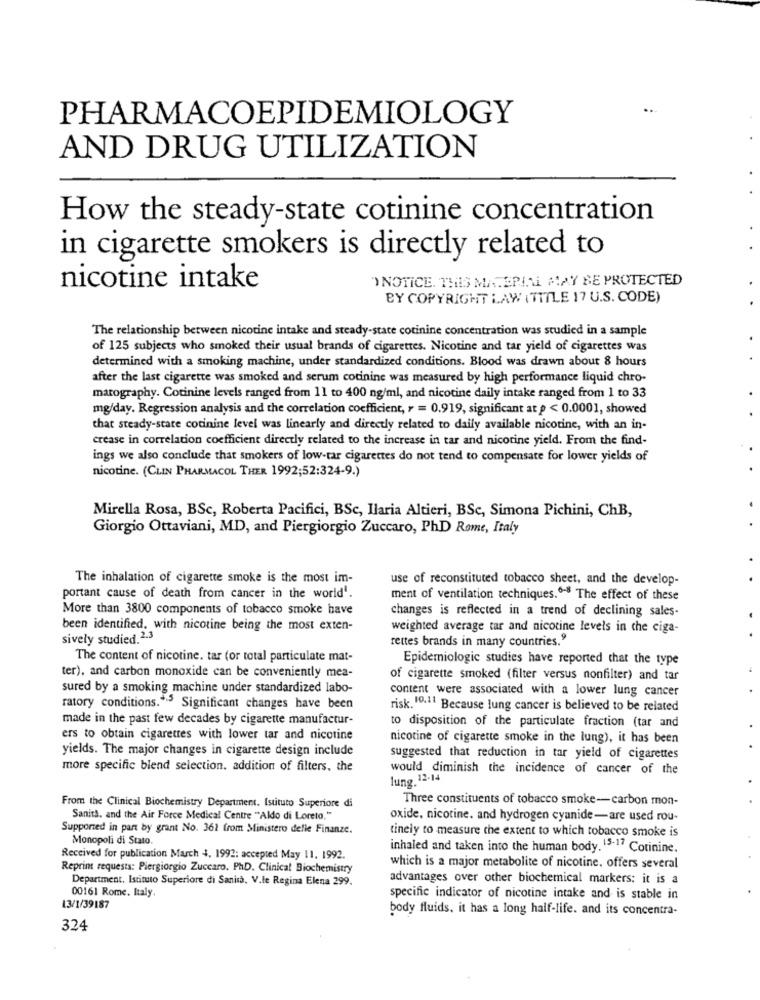
PHARMACOEPIDEMIOLOGY
AND DRUG UTILIZATION
How the steady-state cotinine concentration
in cigarette smokers is directly related to
"NOTICE. THIS MATERIAL MAY BE PROTECTED
nicotine intake
BY COPYRIGHT LAW ( TITLE 17 U.S. CODE)
The relationship between nicotine intake and steady-state cotinine concentration was studied in a sample
of 125 subjects who smoked their usual brands of cigarettes. Nicotine and tar yield of cigarettes was
determined with a smoking machine, under standardized conditions. Blood was drawn about 8 hours
after the last cigarette was smoked and serum cotinine was measured by high performance liquid chro-
marography. Cotinine levels ranged from 11 to 400 ng/ml, and nicotine daily intake ranged from 1 to 33
mg/day. Regression analysis and the correlation coefficient, r = 0.919, significant at p < 0.0001, showed
that steady-state cotinine level was linearly and directly related to daily available nicotine, with an in-
crease in correlation coefficient directly related to the increase in tar and nicotine yield. From the find-
ings we also conclude that smokers of low-tar cigarettes do not tend to compensate for lower yields of
nicotine. (CLIN PHARMACOL THER 1992;52:324-9.)
Mirella Rosa, BSc, Roberta Pacifici, BSc, Ilaria Altieri, BSc, Simona Pichini, ChB,
Giorgio Ottaviani, MD, and Piergiorgio Zuccaro, PhD Rome, Italy
The inhalation of cigarette smoke is the most im-
use of reconstituted tobacco sheet, and the develop-
portant cause of death from cancer in the world'.
ment of ventilation techniques.º- The effect of these
More than 3800 components of tobacco smoke have
changes is reflected in a trend of declining sales-
been identified, with nicotine being the most exten-
weighted average tar and nicotine levels in che ciga-
sively studied. 2.3
rettes brands in many countries."
The content of nicotine. tar (or total particulate mat-
Epidemiologic studies have reported that the type
ter), and carbon monoxide can be conveniently mea-
of cigarette smoked (filter versus nonfilter) and tar
sured by a smoking machine under standardized labo-
content were associated with a lower lung cancer
ratory conditions .* 3 Significant changes have been
risk. 10.11 Because lung cancer is believed to be related
made in the past few decades by cigarette manufactur-
to disposition of the particulate fraction (tar and
ers to obtain cigarettes with lower tar and nicotine
nicotine of cigarette smoke in the lung), it has been
yields. The major changes in cigarette design include
suggested that reduction in tar yield of cigarettes
more specific blend selection. addition of filters, the
would diminish the incidence of cancer of the
lung. 12-14
From the Clinical Biochemistry Department. Istituto Superiore di
Three constituents of tobacco smoke-carbon mon-
Sanità, and the Air Force Medical Centre "Aldo di Loreto."
oxide, nicotine. and hydrogen cyanide-are used rou-
Supported in part by grant No. 361 from Ministero delle Finanze.
tinely to measure the extent to which tobacco smoke is
Monopoli di Stato.
inhaled and taken into the human body. 15-17 Cotinine.
Received for publication March 4, 1992: accepted May 11. 1992.
Reprint requests: Piergiorgio Zuccaro. PhD. Clinical Biochemistry
which is a major metabolite of nicotine. offers several
Department. Istituto Superiore di Sanità, V.le Regina Elena 299.
advantages over other biochemical markers: it is a
00161 Rome, Italy.
specific indicator of nicotine intake and is stable in
13/1/39187
body fluids, it has a long half-life. and its concentra-
324